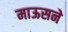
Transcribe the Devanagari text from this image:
माऊसने